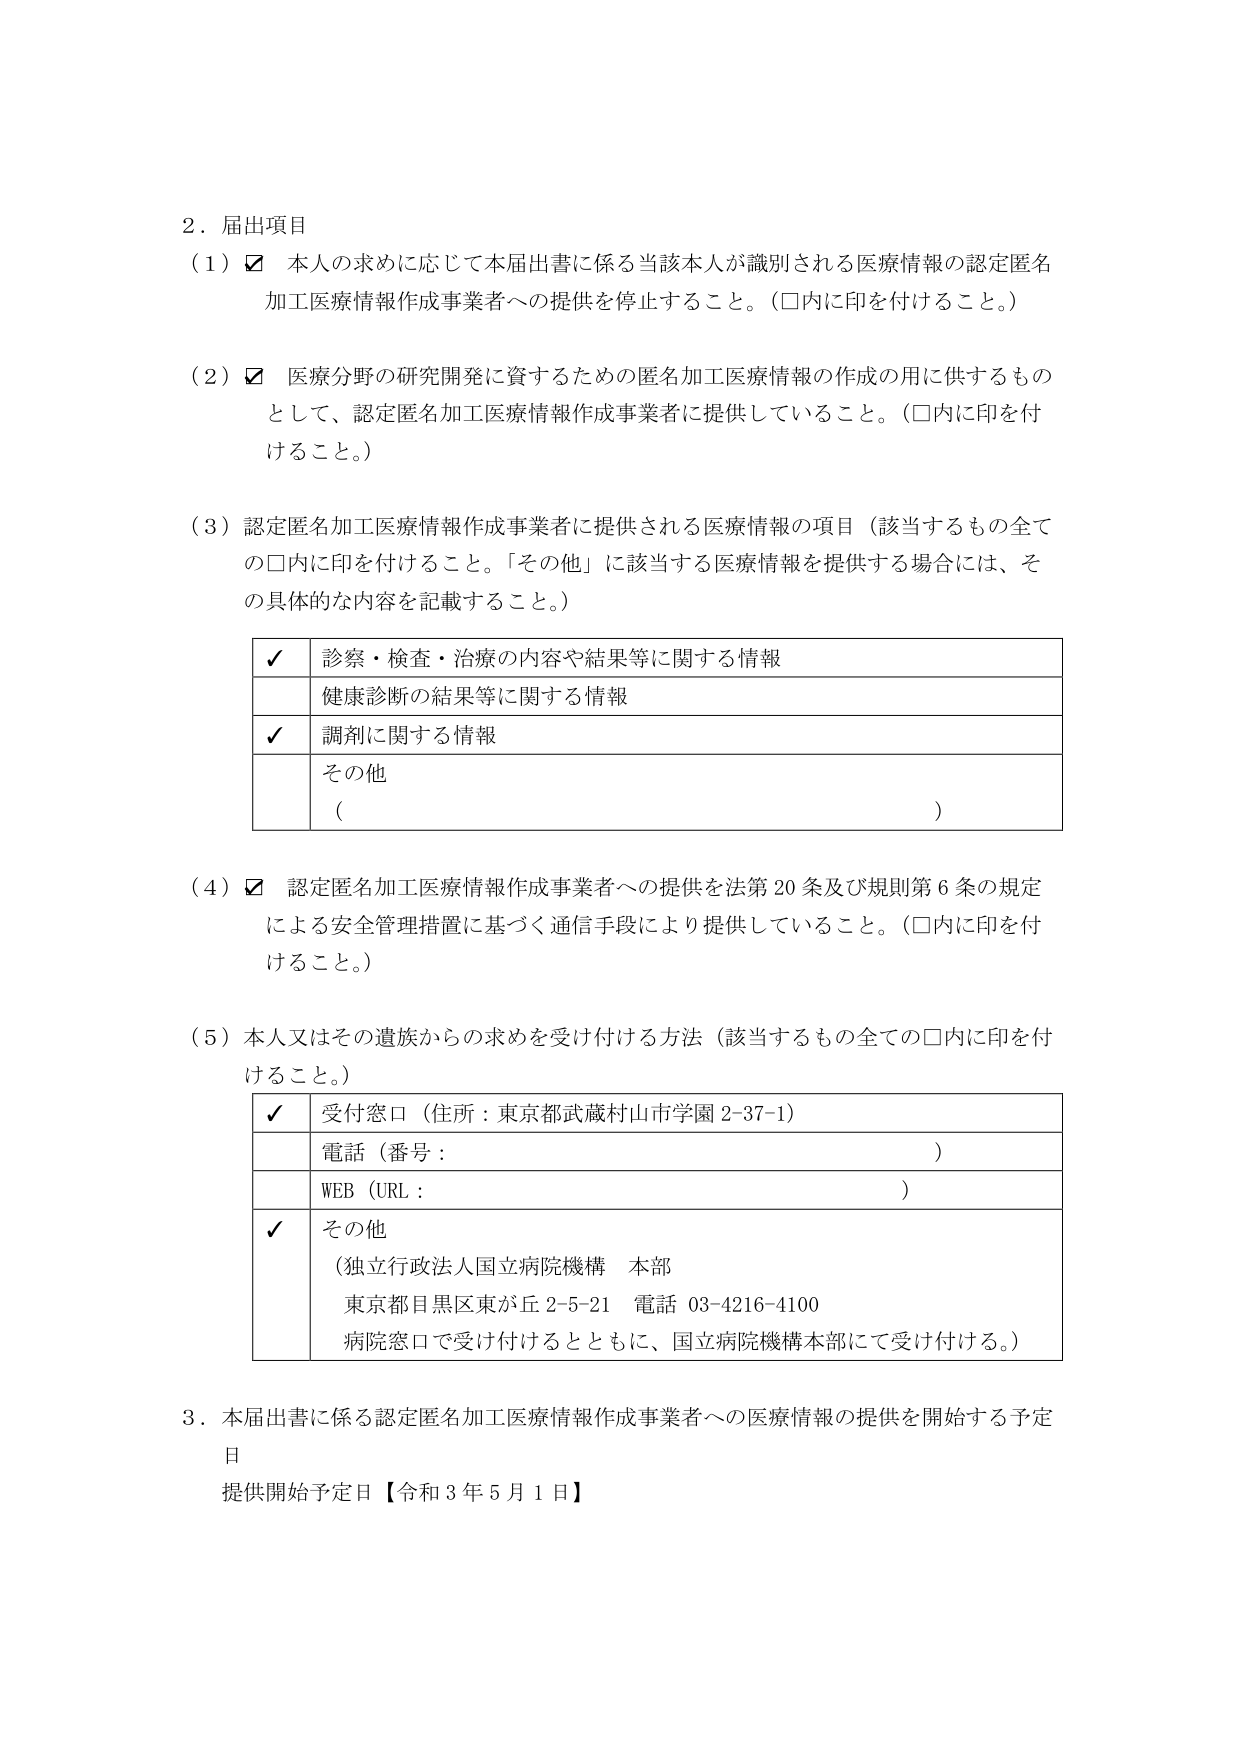
2．届出項目
（1）☑ 本人の求めに応じて本届出書に係る当該本人が識別される医療情報の認定匿名加工医療情報作成事業者への提供を停止すること。（□内に印を付けること。）

（2）☑ 医療分野の研究開発に資するための匿名加工医療情報の作成の用に供するものとして、認定匿名加工医療情報作成事業者に提供していること。（□内に印を付けること。）

（3）認定匿名加工医療情報作成事業者に提供される医療情報の項目（該当するもの全ての□内に印を付けること。「その他」に該当する医療情報を提供する場合には、その具体的な内容を記載すること。）

✓ 診察・検査・治療の内容や結果等に関する情報
　 健康診断の結果等に関する情報
✓ 調剤に関する情報
　 その他
　（　　　　　　　　　　　　　　　　　　　　　　　　　　　　　　　　　　　）

（4）☑ 認定匿名加工医療情報作成事業者への提供を法第20条及び規則第6条の規定による安全管理措置に基づく通信手段により提供していること。（□内に印を付けること。）

（5）本人又はその遺族からの求めを受け付ける方法（該当するもの全ての□内に印を付けること。）

✓ 受付窓口（住所：東京都武蔵村山市学園2-37-1）
　 電話（番号：　　　　　　　　　　　　　　　　　　　　　　　　　　　　）
　 WEB（URL：　　　　　　　　　　　　　　　　　　　　　　　　　　　　　）
✓ その他
　（独立行政法人国立病院機構 本部
　 東京都目黒区東が丘2-5-21 電話 03-4216-4100
　 病院窓口で受け付けるとともに、国立病院機構本部にて受け付ける。）

3．本届出書に係る認定匿名加工医療情報作成事業者への医療情報の提供を開始する予定日
　提供開始予定日【令和3年5月1日】